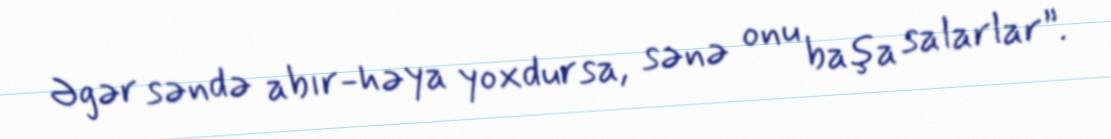
Əgər səndə abır-həya yoxdursa, sənə onu başa salarlar”.